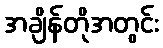
အချိန်တိုအတွင်း